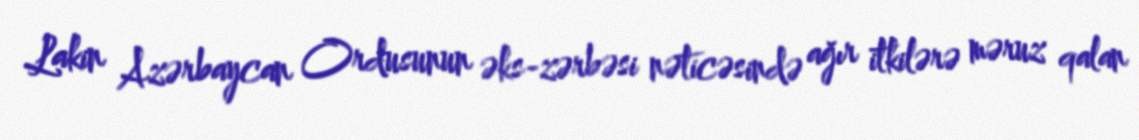
Lakin Azərbaycan Ordusunun əks-zərbəsi nəticəsində ağır itkilərə məruz qalan